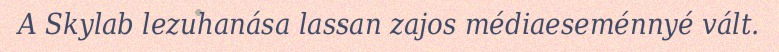
A Skylab lezuhanása lassan zajos médiaeseménnyé vált.